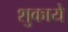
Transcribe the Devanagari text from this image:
शुकाये